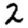
Digit: 2